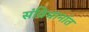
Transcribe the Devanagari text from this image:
संविधानांत